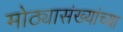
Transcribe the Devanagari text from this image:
मोठ्यासंख्यांच्या